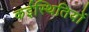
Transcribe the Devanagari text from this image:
कईस्थितियों